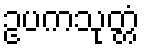
ဥပကသုတ္တံ